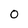
Character: 0